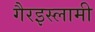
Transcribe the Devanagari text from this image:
गैरइस्लामी